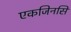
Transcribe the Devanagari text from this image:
एकजिनसि